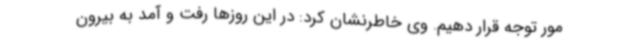
مور توجه قرار دهیم. وی خاطرنشان کرد: در این روزها رفت و آمد به بیرون